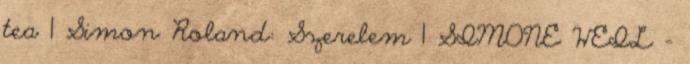
tea 1 Simon Roland: Szerelem 1 SIMONE WEIL -